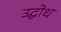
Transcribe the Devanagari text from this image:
उद्घोध